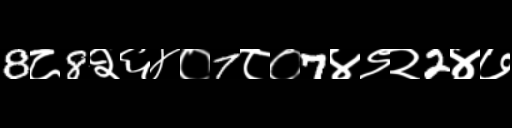
Text: 8८8२६४०7८०7४९२2४७